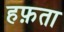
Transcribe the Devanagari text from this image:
हफ़ता